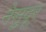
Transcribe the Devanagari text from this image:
नेसुदूर